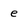
Character: e